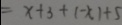
= x + 3 + ( - x ) + 5